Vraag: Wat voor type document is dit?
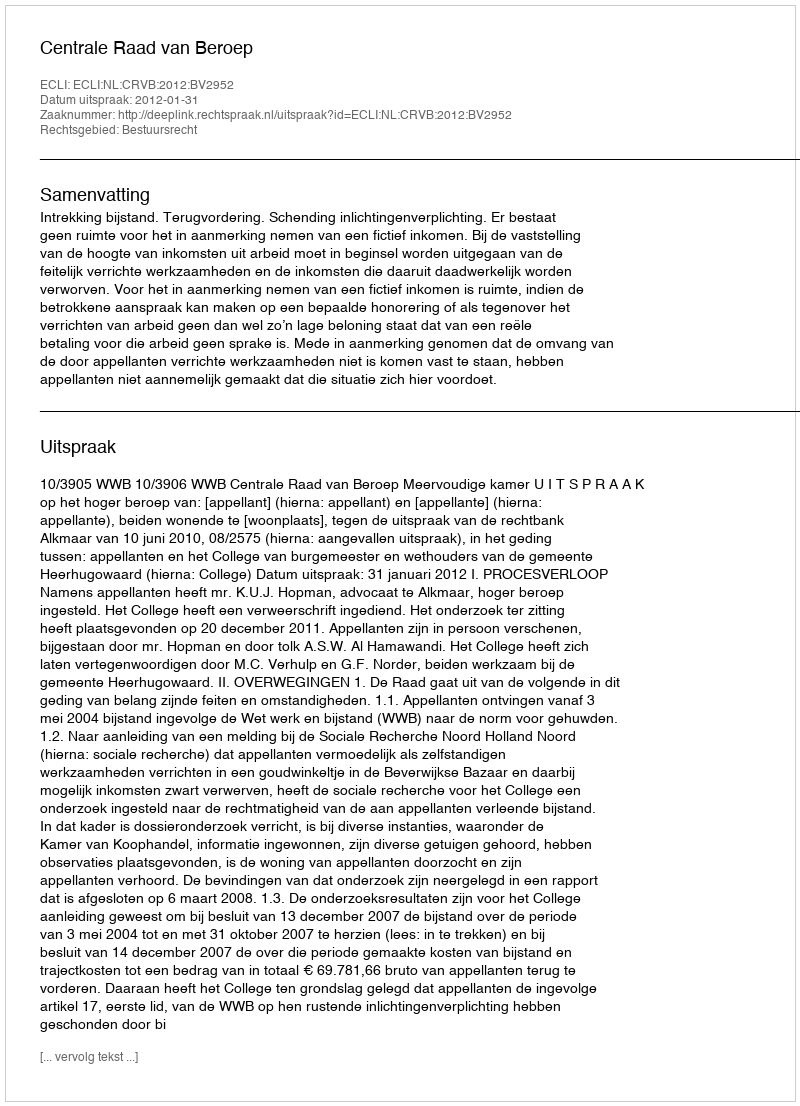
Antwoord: Uitspraak